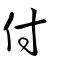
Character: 付